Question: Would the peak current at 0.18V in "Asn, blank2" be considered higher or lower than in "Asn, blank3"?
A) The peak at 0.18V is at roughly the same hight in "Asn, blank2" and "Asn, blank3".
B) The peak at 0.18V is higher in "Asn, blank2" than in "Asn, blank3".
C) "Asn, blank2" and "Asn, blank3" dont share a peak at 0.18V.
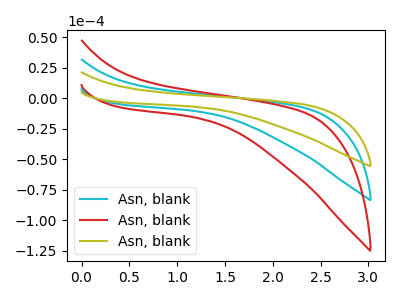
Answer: <think>The cyan curve "Asn, blank1" has no peaks. The red curve "Asn, blank2" has no peaks. The olive curve "Asn, blank3" has no peaks.</think>
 <answer>C) "Asn, blank2" and "Asn, blank3" dont share a peak at 0.18V.</answer>
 <eval>C</eval>